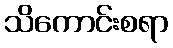
သိကောင်းစရာ